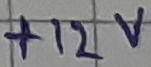
Text: +12V